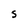
Character: S